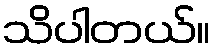
သိပါတယ်။